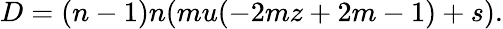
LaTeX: D=(n-1)n(mu(-2mz+2m-1)+s).